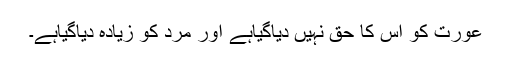
عورت کو اس کا حق نہیں دیاگیاہے اور مرد کو زیادہ دیاگیاہے۔